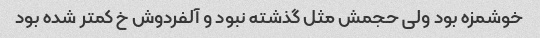
خوشمزه بود ولی حجمش مثل گذشته نبود و آلفردوش خ کمتر شده بود